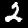
Digit: 2